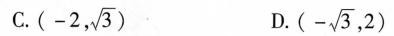
C. (-2, \sqrt{3}) D.(- \sqrt{3},2)